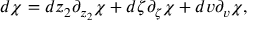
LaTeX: d \chi = d z _ { 2 } \partial _ { z _ { 2 } } \chi + d \zeta \partial _ { \zeta } \chi + d v \partial _ { v } \chi ,